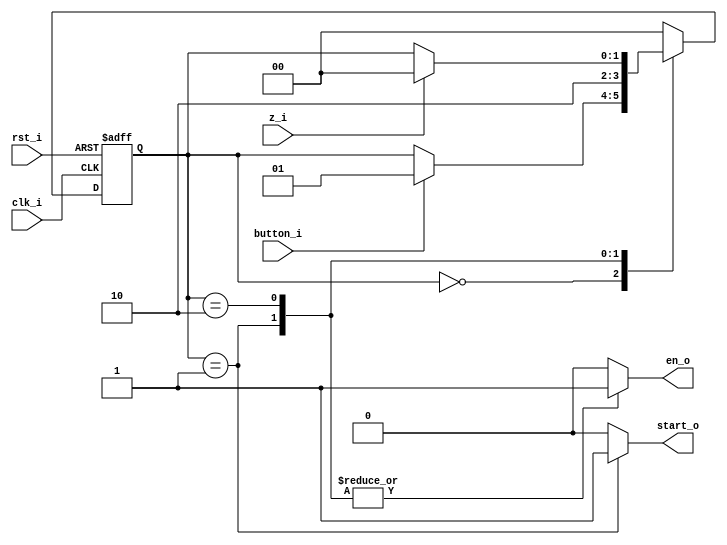
// Name: fsm_tick.v
//
// Description: FSM para logica de single tick

module fsm_tick (
  input      rst_i,
  input      clk_i,
  input      button_i,
  input      z_i,
  output reg start_o,
  output reg en_o
);

  localparam [1:0] s0 = 2'b00,  // Esperar por boton y desactivar base de tiempo
                   s1 = 2'b01,  // Mandar pulso y activar base de tiempo
                   s2 = 2'b10;  // Esperar base de tiempo

  reg [1:0] next_state, present_state;

  always @(button_i, z_i, present_state) begin
    start_o = 1'b0; en_o = 1'b0;
    next_state = present_state;
    case (present_state)
      s0 : begin
             if (button_i)
               next_state = s1;
           end
      s1 : begin 
             start_o = 1'b1; en_o = 1'b1;
             next_state = s2;
           end
      s2 : begin
             start_o = 1'b0; en_o = 1'b1;
             if (z_i)
               next_state = s0;
           end 
 default : begin
             next_state = s0;
           end
    endcase
  end

  always @(posedge clk_i, posedge rst_i) begin
    if (rst_i)
      present_state <= s0;
    else
      present_state <= next_state;
  end

endmodule